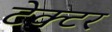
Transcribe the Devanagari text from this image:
टेक्टर